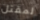
لمقتل